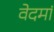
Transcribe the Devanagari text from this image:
वेदमां